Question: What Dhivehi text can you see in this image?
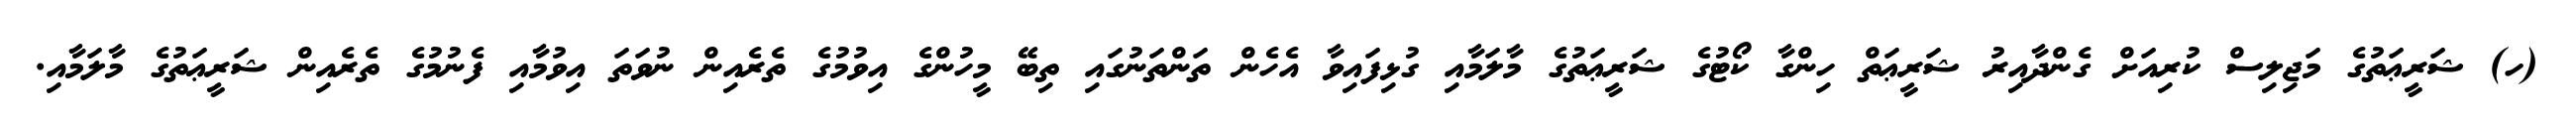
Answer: (ހ) ޝަރީޢަތުގެ މަޖިލިސް ކުރިއަށް ގެންދާއިރު ޝަރީޢަތް ހިންގާ ކޯޓުގެ ޝަރީޢަތުގެ މާލަމާއި ގުޅިފައިވާ އެހެން ތަންތަނުގައި ތިބޭ މީހުންގެ އިވުމުގެ ތެރެއިން ނުވަތަ އިވުމާއި ފެނުމުގެ ތެރެއިން ޝަރީޢަތުގެ މާލަމާއި.